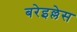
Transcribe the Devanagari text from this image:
बरेइल्लेस